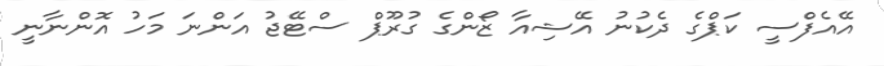
އޭއެފްސީ ކަޕްގެ ދެކުނު އޭޝިއާ ޒޯންގެ ގުރޫޕް ސްޓޭޖު އަންނަ މަހު އޮންނާނީ